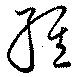
経